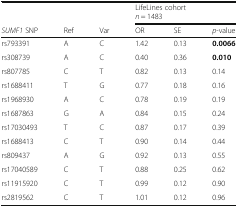
|  |  |  | <COLSPAN=3> LifeLines cohortn = 1483 |
 | SUMF1 SNP | Ref | Var | OR | SE | p-value |
 | --- | --- | --- | --- | --- | --- |
 | rs793391 | A | C | 1.42 | 0.13 | 0.0066 |
 | rs308739 | A | C | 0.40 | 0.36 | 0.010 |
 | rs807785 | C | T | 0.82 | 0.13 | 0.14 |
 | rs1688411 | T | G | 0.77 | 0.18 | 0.16 |
 | rs1968930 | A | C | 0.78 | 0.19 | 0.19 |
 | rs1687863 | G | A | 0.84 | 0.15 | 0.24 |
 | rs17030493 | T | C | 0.87 | 0.17 | 0.39 |
 | rs1688413 | C | T | 0.90 | 0.14 | 0.44 |
 | rs809437 | A | G | 0.92 | 0.13 | 0.55 |
 | rs17040589 | C | T | 0.88 | 0.25 | 0.62 |
 | rs11915920 | C | T | 0.99 | 0.12 | 0.90 |
 | rs2819562 | C | T | 1.01 | 0.12 | 0.96 |